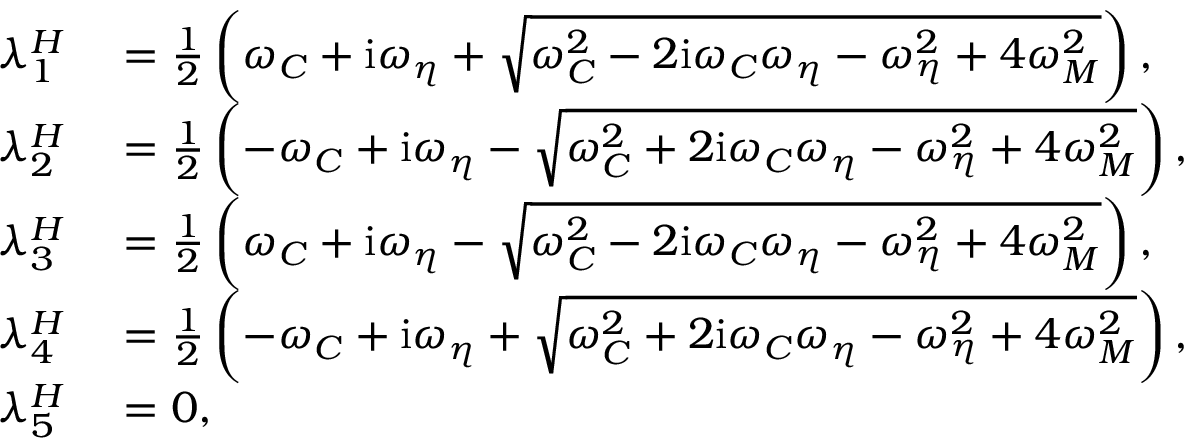
\begin{array} { r l } { \lambda _ { 1 } ^ { H } } & { { } = \frac { 1 } { 2 } \left( \omega _ { C } + \mathrm { i } \omega _ { \eta } + \sqrt { \omega _ { C } ^ { 2 } - 2 \mathrm { i } \omega _ { C } \omega _ { \eta } - \omega _ { \eta } ^ { 2 } + 4 \omega _ { M } ^ { 2 } } \right) , } \\ { \lambda _ { 2 } ^ { H } } & { { } = \frac { 1 } { 2 } \left( - \omega _ { C } + \mathrm { i } \omega _ { \eta } - \sqrt { \omega _ { C } ^ { 2 } + 2 \mathrm { i } \omega _ { C } \omega _ { \eta } - \omega _ { \eta } ^ { 2 } + 4 \omega _ { M } ^ { 2 } } \right) , } \\ { \lambda _ { 3 } ^ { H } } & { { } = \frac { 1 } { 2 } \left( \omega _ { C } + \mathrm { i } \omega _ { \eta } - \sqrt { \omega _ { C } ^ { 2 } - 2 \mathrm { i } \omega _ { C } \omega _ { \eta } - \omega _ { \eta } ^ { 2 } + 4 \omega _ { M } ^ { 2 } } \right) , } \\ { \lambda _ { 4 } ^ { H } } & { { } = \frac { 1 } { 2 } \left( - \omega _ { C } + \mathrm { i } \omega _ { \eta } + \sqrt { \omega _ { C } ^ { 2 } + 2 \mathrm { i } \omega _ { C } \omega _ { \eta } - \omega _ { \eta } ^ { 2 } + 4 \omega _ { M } ^ { 2 } } \right) , } \\ { \lambda _ { 5 } ^ { H } } & { { } = 0 , } \end{array}